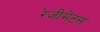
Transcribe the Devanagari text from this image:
रेजीमेंटस